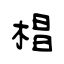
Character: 椙